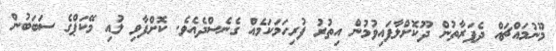
މޫނުމައްޗައް ދެފަރާތުން ދޫކޮށްލާފައިވުމުން އިތުރު ފުރިހަމަކަމެއް ގެނެސްދެއެވެ. ކޮށްފާވި ލުއި މޭކަޕްގެ ސަބަބުން